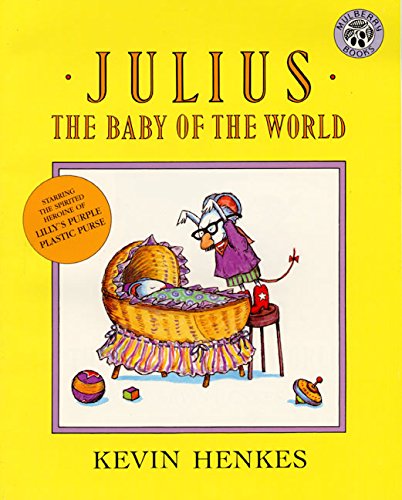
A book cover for Julius, the Baby of the World; Kevin Henkes; Children's Books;